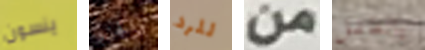
ينسون والجزر للرد من بالطفل